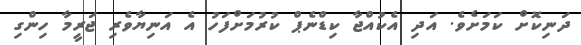
ދަނިކޮށް ކަމަށެވެ. އަދި އެކުއްޖާ ކިޑްނެޕް ކުރުމަށްފަހު އެ އަނިޔާވެރި ޖަރީމާ ހިންގި